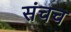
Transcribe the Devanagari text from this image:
संचच